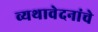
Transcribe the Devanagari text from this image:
व्यथावेदनांचे